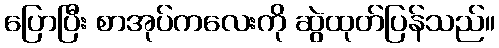
ပြောပြီး စာအုပ်ကလေးကို ဆွဲထုတ်ပြန်သည်။